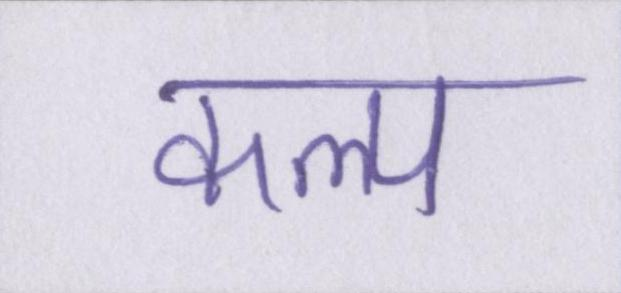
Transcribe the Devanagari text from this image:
कल्प